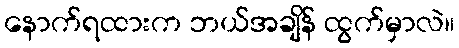
နောက်ရထားက ဘယ်အချိန် ထွက်မှာလဲ။